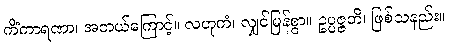
ကိံကာရဏာ၊ အဘယ်ကြောင့်။ လဟုကံ၊ လျှင်မြန်စွာ။ ဥပ္ပဇ္ဇတိ၊ ဖြစ်သနည်း။